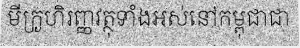
មីក្រូហិរញ្ញវត្ថុទាំងអស់នៅកម្ពុជាជា